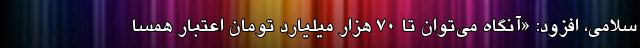
سلامی، افزود: «آنگاه می‌توان تا ۷۰ هزار میلیارد تومان اعتبار همسا